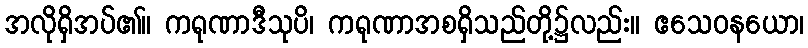
အလိုရှိအပ်၏။ ကရုဏာဒီသုပိ၊ ကရုဏာအစရှိသည်တို့၌လည်း။ ဧသေဝနယော၊